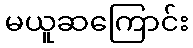
မယူဆကြောင်း